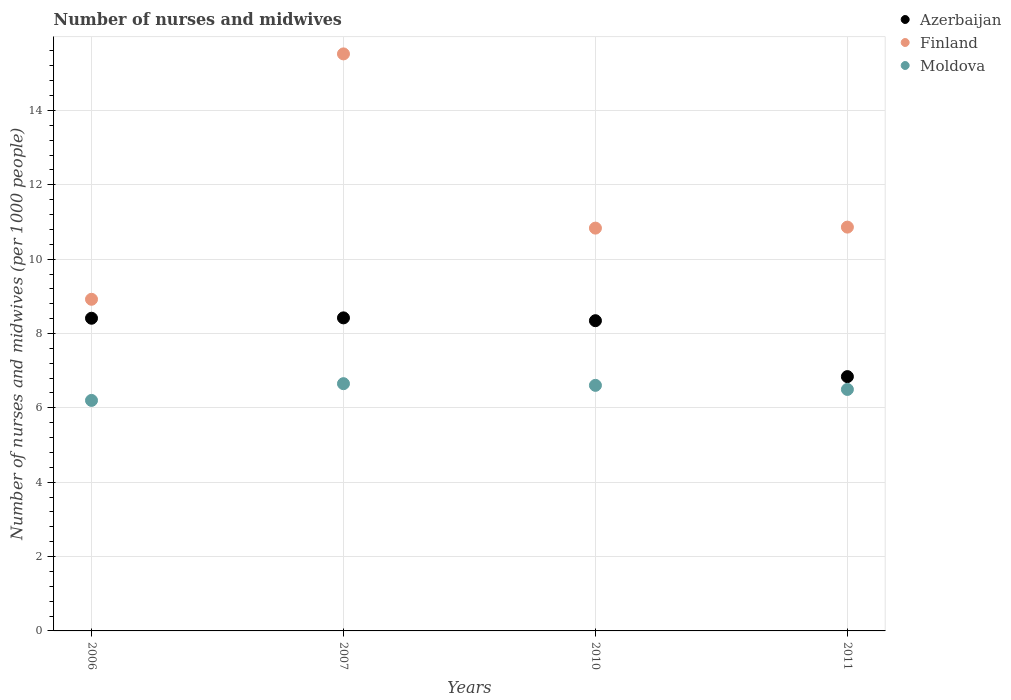
| Years | Azerbaijan | Finland | Moldova |
 | --- | --- | --- | --- |
 | 2006 | 8.41 | 8.92 | 6.2 |
 | 2007 | 8.42 | 15.5 | 6.65 |
 | 2010 | 8.34 | 10.8 | 6.61 |
 | 2011 | 6.84 | 10.9 | 6.5 |